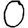
Digit: 0